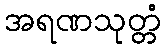
အရဏသုတ္တံ